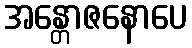
အန္တောဇနောပေ